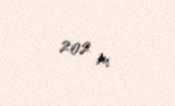
202 m